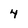
Character: 4